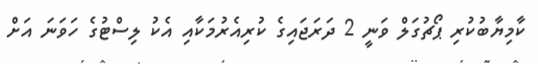
ކާމިޔާބުކުރި ޕޯޗުގަލް ވަނީ 2 ދަރަޖައިގެ ކުރިއެރުމަކާއި އެކު ލިސްޓުގެ ހަވަނަ އަށް